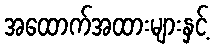
အထောက်အထားများနှင့်